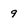
Character: 9